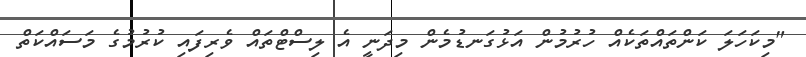
"މިކަހަލަ ކަންތައްތަކެއް ހުރުމުން އަޅުގަނޑުމެން މިދަނީ އެ ލިސްޓްތައް ވެރިފައި ކުރުމުގެ މަސައްކަތް